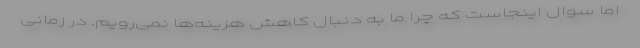
اما سوال اینجاست که چرا ما به دنبال کاهش هزینه‌ها نمی‌رویم. در زمانی